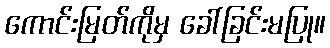
ကောင်းမြတ်ကိုမှ ခေါ်ခြင်းမပြု။